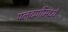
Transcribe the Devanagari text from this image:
पलटणींमध्ये